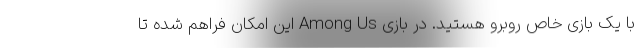
با یک بازی خاص روبرو هستید. در بازی Among Us این امکان فراهم شده تا